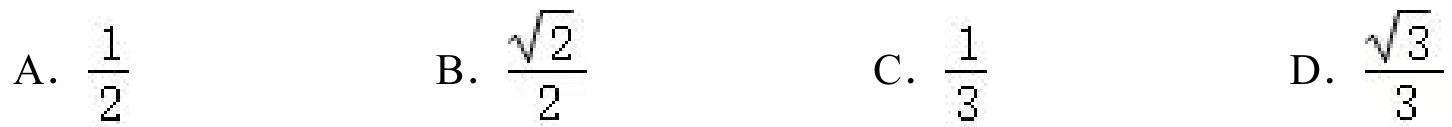
A. \(\frac{1}{2}\)  B. \(\frac{\sqrt{2}}{2}\)  C. \(\frac{1}{3}\)  D. \(\frac{\sqrt{3}}{3}\)